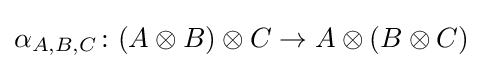
\alpha _{A,B,C}\colon (A\otimes B)\otimes C\rightarrow A\otimes (B\otimes C)